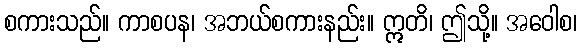
စကားသည်။ ကာစပန၊ အဘယ်စကားနည်း။ ဣတိ၊ ဤသို့။ အဝေါစ၊